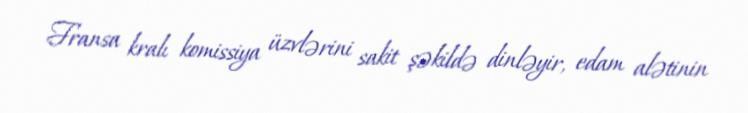
Fransa kralı komissiya üzvlərini sakit şəkildə dinləyir, edam alətinin